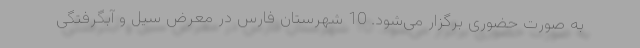
به صورت حضوری برگزار می‌شود. 10 شهرستان فارس در معرض سیل و آبگرفتگی